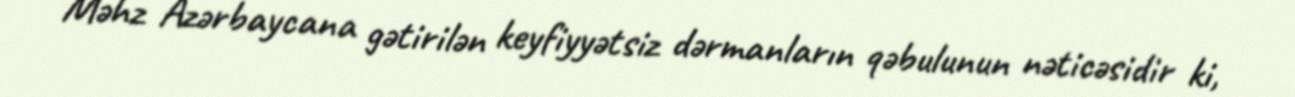
Məhz Azərbaycana gətirilən keyfiyyətsiz dərmanların qəbulunun nəticəsidir ki,